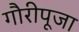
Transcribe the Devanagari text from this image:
गौरीपूजा